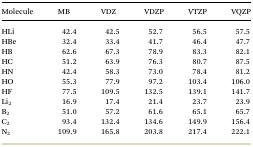
| Molecule | MB | VDZ | VDZP | VTZP | VQZP |
 | --- | --- | --- | --- | --- | --- |
 | HLi | 42.4 | 42.5 | 52.7 | 56.5 | 57.5 |
 | HBe | 32.4 | 33.4 | 41.7 | 46.4 | 47.7 |
 | HB | 62.6 | 67.3 | 78.9 | 83.3 | 82.1 |
 | HC | 51.2 | 63.9 | 76.3 | 80.7 | 87.5 |
 | HN | 42.4 | 58.3 | 73.0 | 78.4 | 81.2 |
 | HO | 55.3 | 77.9 | 97.2 | 103.4 | 106.0 |
 | HF | 77.5 | 109.5 | 132.5 | 139.1 | 141.7 |
 | Li2 | 16.9 | 17.4 | 21.4 | 23.7 | 23.9 |
 | B2 | 51.0 | 57.2 | 61.6 | 65.1 | 65.7 |
 | C2 | 93.4 | 132.4 | 134.6 | 149.9 | 156.4 |
 | N2 | 109.9 | 165.8 | 203.8 | 217.4 | 222.1 |